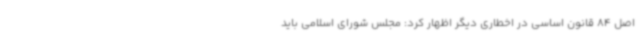
اصل 84 قانون اساسی در اخطاری دیگر اظهار کرد: مجلس شورای اسلامی باید